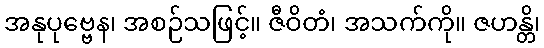
အနုပုဗ္ဗေန၊ အစဉ်သဖြင့်။ ဇီဝိတံ၊ အသက်ကို။ ဇဟန္တိ၊